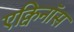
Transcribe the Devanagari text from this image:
एक्विनॉस